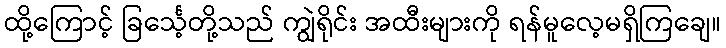
ထို့ကြောင့် ခြင်္သေ့တို့သည် ကျွဲရိုင်း အထီးများကို ရန်မူလေ့မရှိကြချေ။